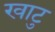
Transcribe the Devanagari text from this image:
खाटु